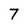
Character: 7